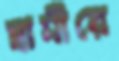
স্বামীরে